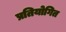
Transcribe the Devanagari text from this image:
प्रतियोगित